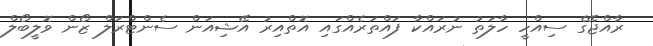
ރާއްޖޭގެ ސިއްހީ ހާލަތު ނުރައްކާ ފައްތަރެއްގައި އޮތްއިރު އޭޝިއަން ސެންޓްރަލް ޒޯން ވޮލީބޯލް